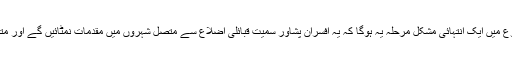
قبائلی اضلاع میں مستقل عدالتوں کے قیام تک، عدالتی نظام سے ناواقف قبائل کے لیے شروع میں ایک انتہائی مشکل مرحلہ یہ ہوگا کہ یہ افسران پشاور سمیت قبائلی اضلاع سے متصل شہروں میں مقدمات نمٹائیں گے اور متعلقہ اضلاع میں بیٹھنے کی بجائے اس کے ساتھ منسلک جوڈیشل کمپلیکس میں بیٹھیں گے۔